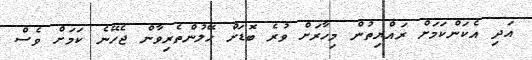
އަދި އެކަންކަމަށް ރައްޔިތުން މިހާރަށް ވުރެ ބޮޑަށް ހޭލުންތެރިވާން ޖެހޭނެ ކަމަށް ވެސް